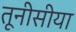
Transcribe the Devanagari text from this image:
तूनीसीया